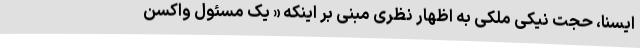
ایسنا، حجت نیکی ملکی به اظهار نظری مبنی بر اینکه « یک مسئول واکسن